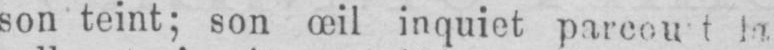
son teint; son œil inquiet parcout la,